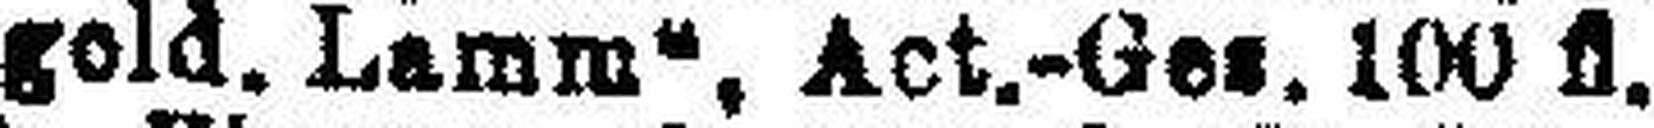
„Hotel gold. Lamm“, Act.-Ges. 100 fl.